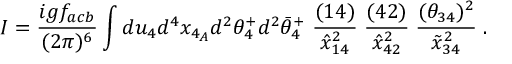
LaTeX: I = { \frac { i g f _ { a c b } } { ( 2 \pi ) ^ { 6 } } } \int d u _ { 4 } d ^ { 4 } x _ { 4 _ { A } } d ^ { 2 } \theta _ { 4 } ^ { + } d ^ { 2 } \bar { \theta } _ { 4 } ^ { + } \ { \frac { ( 1 4 ) } { \hat { x } _ { 1 4 } ^ { 2 } } } \; { \frac { ( 4 2 ) } { \hat { x } _ { 4 2 } ^ { 2 } } } \; { \frac { ( \theta _ { 3 4 } ) ^ { 2 } } { \tilde { x } _ { 3 4 } ^ { 2 } } } \; .